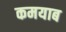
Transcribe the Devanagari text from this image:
कमयाब